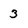
Character: 3